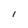
Character: I